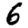
Digit: 6